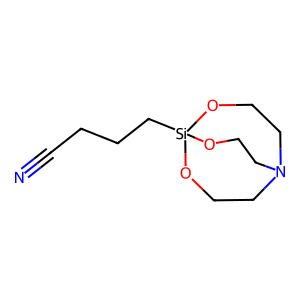
SMILES: N#CCCC[Si]12OCCN(CCO1)CCO2
Inhibits HIV replication: No